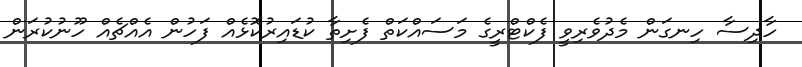
ހާދިސާ ހިނގަން މެދުވެރިވީ ފެކްްޓްރީގެ މަސައްކަތް ފެށިތާ ކުޑައިރުކޮޅެއް ފަހުން އެއްޗެއް ހޫނުކުރަން